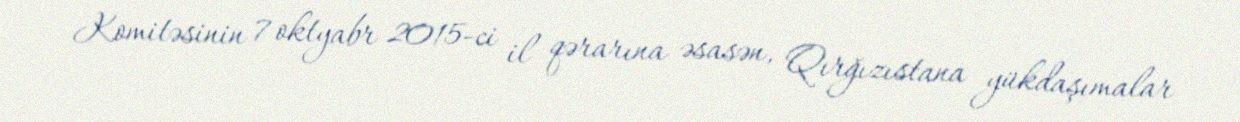
Komitəsinin 7 oktyabr 2015-ci il qərarına əsasən, Qırğızıstana yükdaşımalar